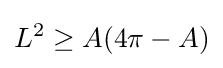
L^{2}\geq A(4\pi -A)